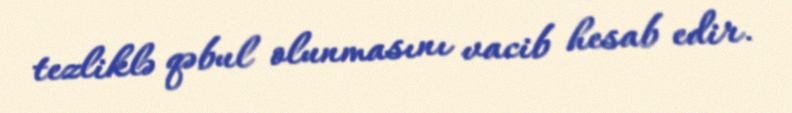
tezliklə qəbul olunmasını vacib hesab edir.